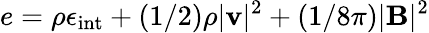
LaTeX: e=\rho\epsilon_{\mathrm{int}}+(1/2)\rho|\mathbf{v}|^{2}+(1/8\pi)|\mathbf{B}|^{2}